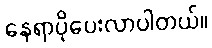
နေရာပိုပေးလာပါတယ်။